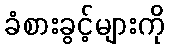
ခံစားခွင့်များကို